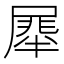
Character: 𭕯